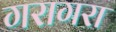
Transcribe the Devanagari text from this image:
गरागरा